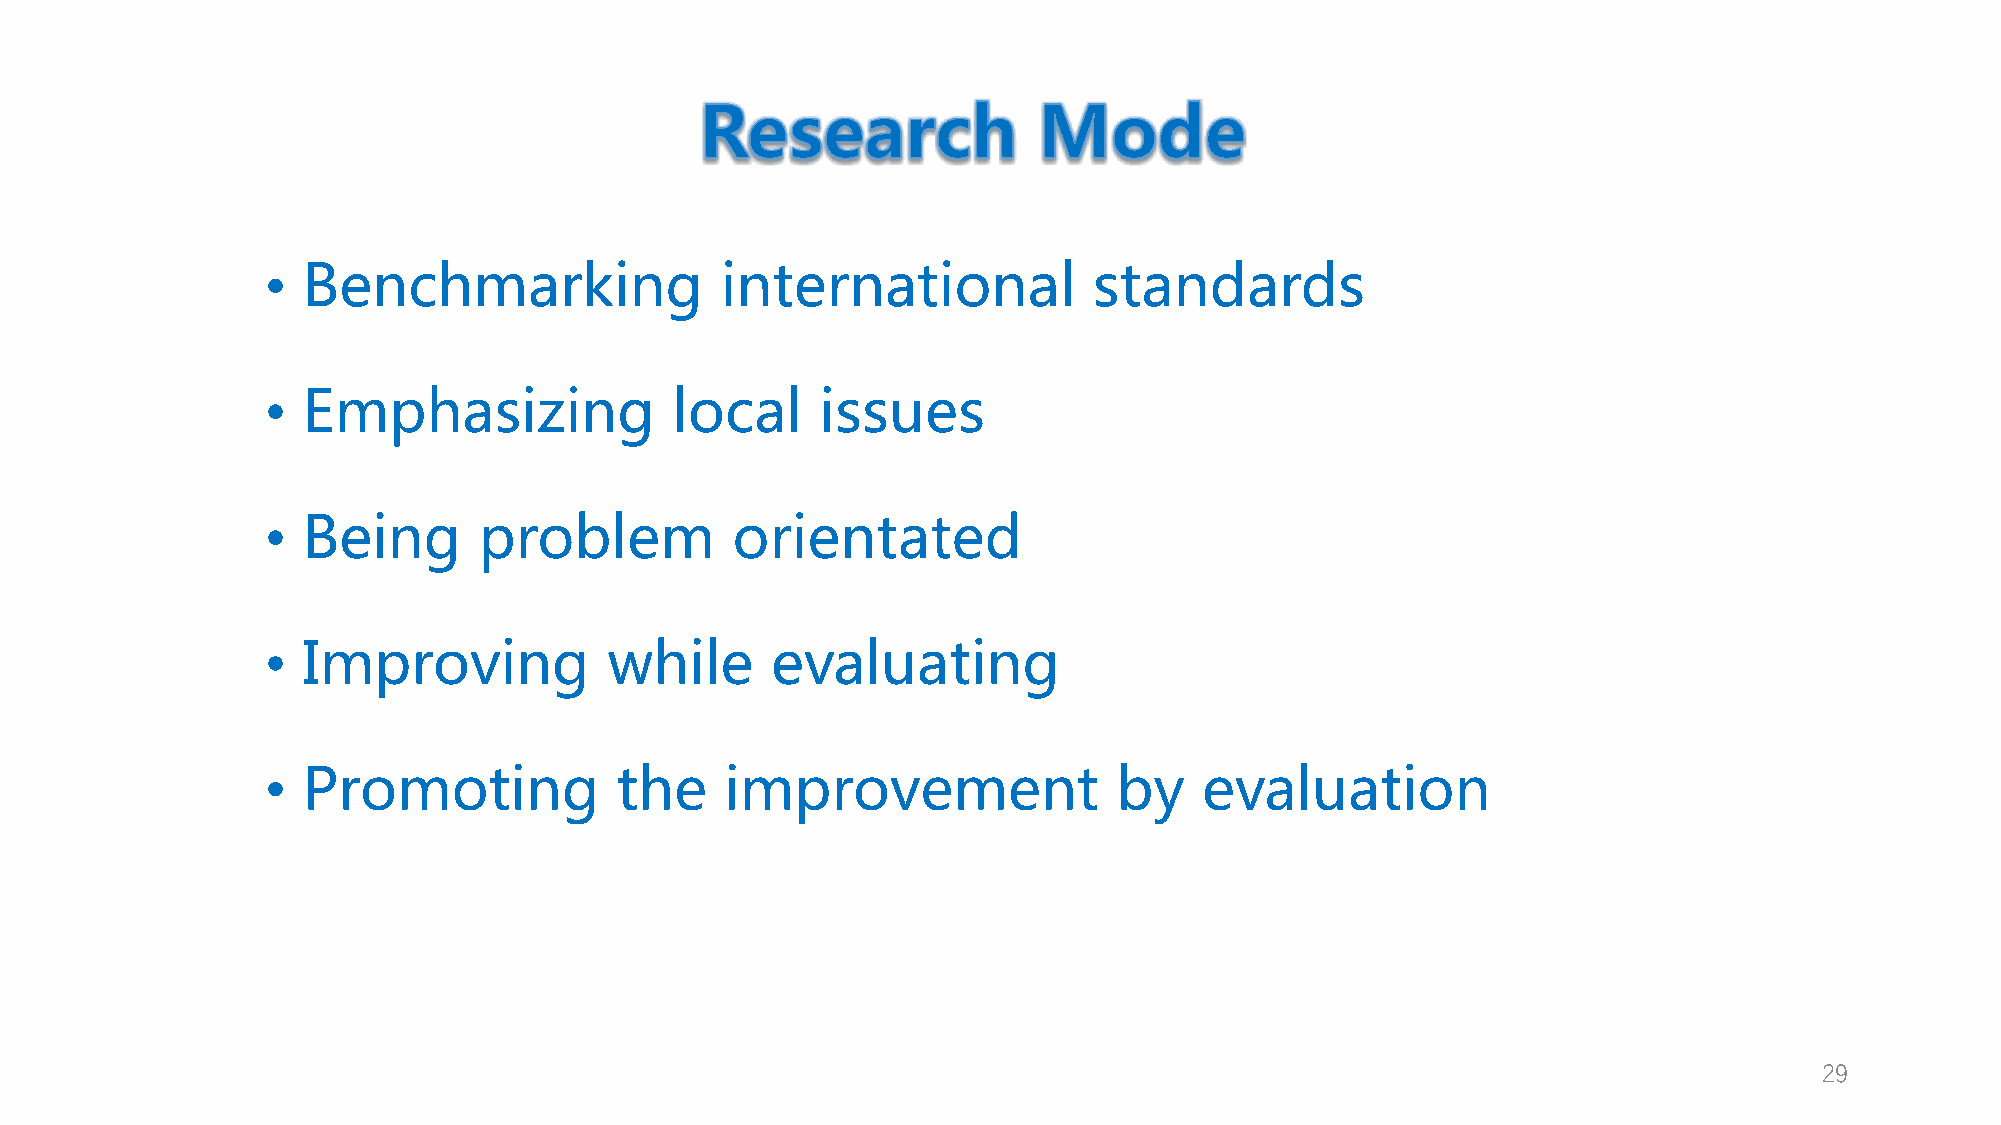
• Benchmarking                international           standards
 • Emphasizing             local     issues
 • Being       problem         orientated
 • Improving           while      evaluating
 • Promoting            the    improvement               by    evaluation
 29